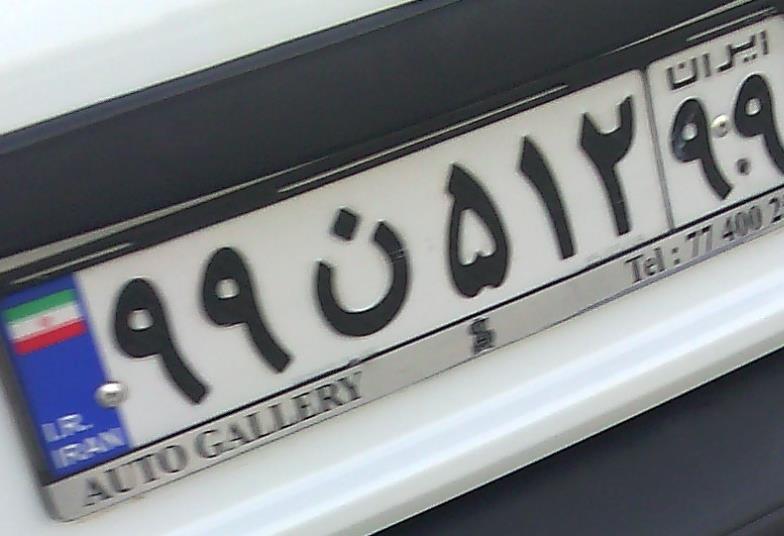
۹۹ن۵۱۲۹۹